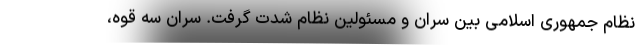
نظام جمهوری اسلامی بین سران و مسئولین نظام شدت گرفت. سران سه قوه،